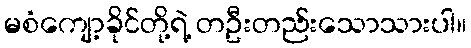
မစံကျော့ခိုင်တို့ရဲ့ တဦးတည်းသောသားပါ။